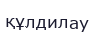
құлдилау